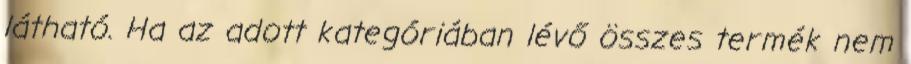
látható. Ha az adott kategóriában lévő összes termék nem